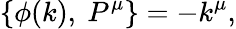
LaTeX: \{ \phi(k),\ P^{\mu}\} =-k^{\mu},